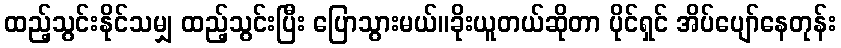
ထည့်သွင်းနိုင်သမျှ ထည့်သွင်းပြီး ပြောသွားမယ်။ခိုးယူတယ်ဆိုတာ ပိုင်ရှင် အိပ်ပျော်နေတုန်း